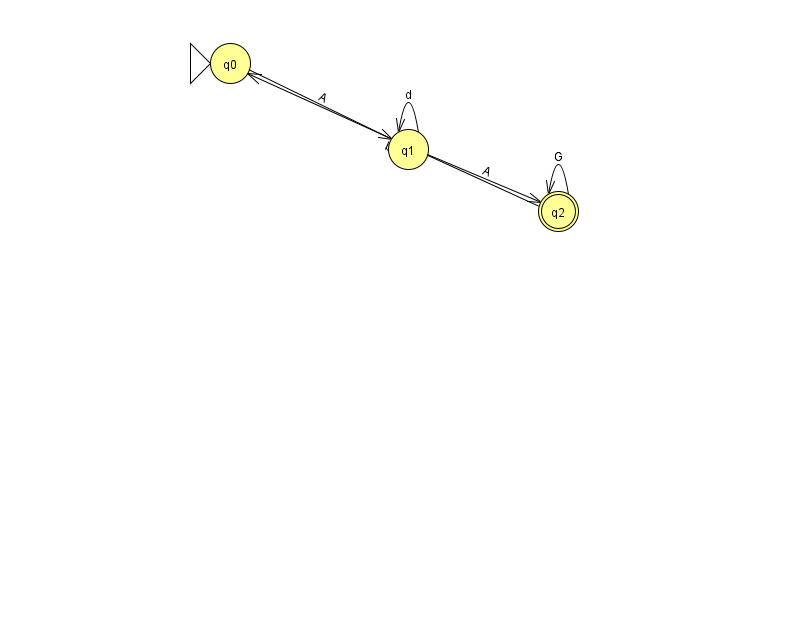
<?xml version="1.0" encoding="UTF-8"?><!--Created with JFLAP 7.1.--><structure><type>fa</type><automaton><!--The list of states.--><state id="0" name="q0"><x>230.0</x><y>50.0</y><initial/></state><state id="1" name="q1"><x>408.0</x><y>136.0</y></state><state id="2" name="q2"><x>558.0</x><y>198.0</y><final/></state><!--The list of transitions.--><transition><from>1</from><to>1</to><read>d</read></transition><transition><from>2</from><to>0</to><read>b</read></transition><transition><from>2</from><to>2</to><read>G</read></transition><transition><from>1</from><to>2</to><read>A</read></transition><transition><from>0</from><to>1</to><read>A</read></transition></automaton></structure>